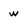
Character: w